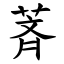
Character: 萕